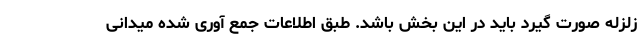
زلزله صورت گیرد باید در این بخش باشد. طبق اطلاعات جمع آوری شده میدانی